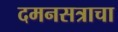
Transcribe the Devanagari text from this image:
दमनसत्राचा